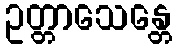
ဥတ္တာသေန္တေ